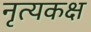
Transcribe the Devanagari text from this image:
नृत्यकक्ष